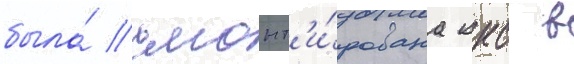
была́ смонт'и́рована ккс в